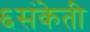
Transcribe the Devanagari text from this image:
६संकेती